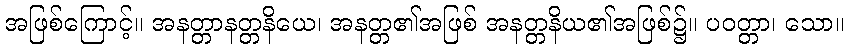
အဖြစ်ကြောင့်။ အနတ္တာနတ္တနိယေ၊ အနတ္တ၏အဖြစ် အနတ္တနိယ၏အဖြစ်၌။ ပဝတ္တာ၊ သော။